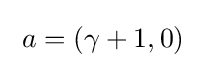
\;a=(\gamma +1,0)\;